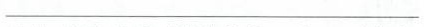
___